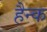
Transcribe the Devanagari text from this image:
हैन्क